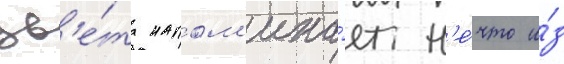
цв'е́та напом'ина́ет н'е́что и́з